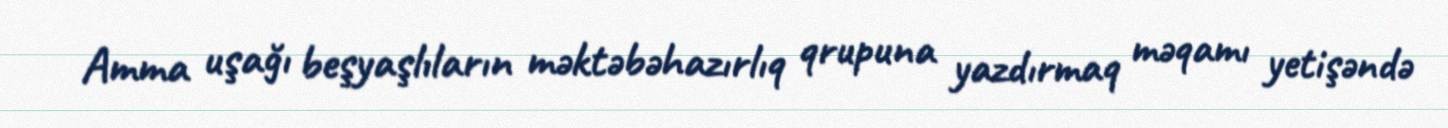
Amma uşağı beşyaşlıların məktəbəhazırlıq qrupuna yazdırmaq məqamı yetişəndə